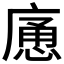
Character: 𱝉